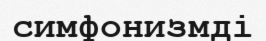
симфонизмді